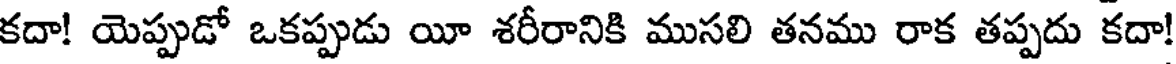
కదా! యెప్పుడో ఒకప్పుడు యీ శరీరానికి ముసలి తనము రాక తప్పదు కదా!